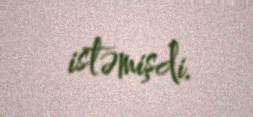
istəmişdi.